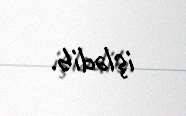
işlədib.